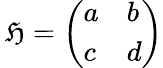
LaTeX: \, {\mathfrak{H}}={\left(\begin{array}{ll}{a}&{b}\\ {c}&{d}\end{array}\right)}